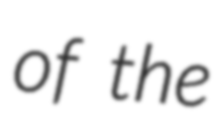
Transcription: of the